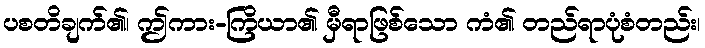
ပစတိချက်၏၊ ဤကား-ကြိယာ၏ မှီရာဖြစ်သော ကံ၏ တည်ရာပုံစံတည်း၊